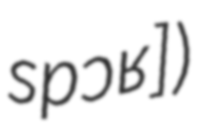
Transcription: spɔʁ])